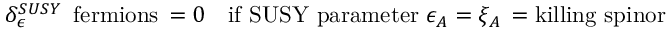
\delta _ { \epsilon } ^ { S U S Y } \, \mathrm { ~ f e r m i o n s } \, = 0 \quad \mathrm { i f ~ S U S Y ~ p a r a m e t e r } \, \, \epsilon _ { A } = \xi _ { A } \, = \mathrm { k i l l i n g ~ s p i n o r }